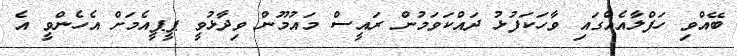
ބޭއްވި ހަފްލާއެއްގައި ވާހަކަފުޅު ދައްކަވަމުން ރައީސް މައުމޫން ވިދާޅުވީ ޕީޕީއެމަށް އެހެންވީ އެ